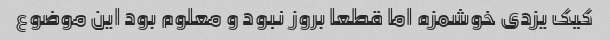
کیک یزدی خوشمزه اما قطعا بروز نبود و معلوم بود این موضوع